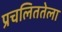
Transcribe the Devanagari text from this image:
प्रचलिततेला